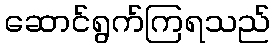
ဆောင်ရွက်ကြရသည်